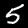
Label: 5